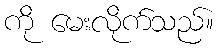
ကို မေးလိုက်သည်။